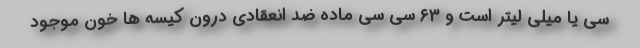
سی یا میلی لیتر است و ۶۳ سی سی ماده ضد انعقادی درون کیسه ها خون موجود